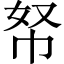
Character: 帑